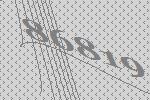
86819